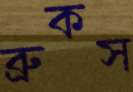
ব্রুকস